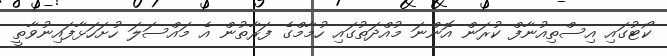
ކޯޓުގައި އިސްތިއުނާފް ކުރަން އޮންނަ މުއްދަތުގައި ހުމާމްގެ ފަރާތުން އެ މައްސަލަ ހުށަހަޅާފައިނުވާތީ